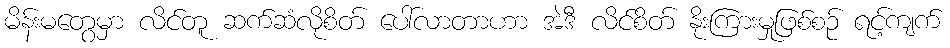
မိန်းမတွေမှာ လိင်တူ ဆက်ဆံလိုစိတ် ပေါ်လာတာဟာ အဲဒီ လိင်စိတ် နိုးကြားမှုဖြစ်စဉ် ရင့်ကျက်